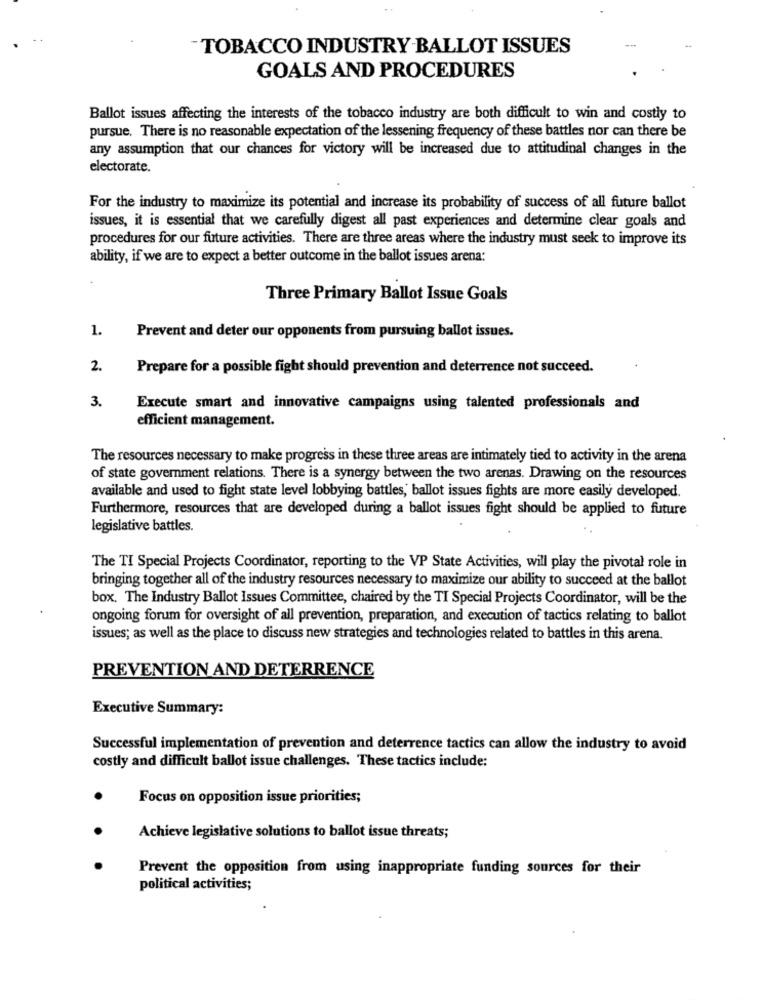
-TOBACCO INDUSTRY BALLOT ISSUES
GOALS AND PROCEDURES
Ballot issues affecting the interests of the tobacco industry are both difficult to win and costly to
pursue. There is no reasonable expectation of the lessening frequency of these battles nor can there be
any assumption that our chances for victory will be increased due to attitudinal changes in the
electorate.
For the industry to maximize its potential and increase its probability of success of all future ballot
issues, it is essential that we carefully digest all past experiences and determine clear goals and
procedures for our future activities. There are three areas where the industry must seek to improve its
ability, if we are to expect a better outcome in the ballot issues arena:
Three Primary Ballot Issue Goals
1.
Prevent and deter our opponents from pursuing ballot issues.
2.
Prepare for a possible fight should prevention and deterrence not succeed.
3.
Execute smart and innovative campaigns using talented professionals and
efficient management.
The resources necessary to make progress in these three areas are intimately tied to activity in the arena
of state government relations. There is a synergy between the two arenas. Drawing on the resources
available and used to fight state level lobbying battles, ballot issues fights are more easily developed.
Furthermore, resources that are developed during a ballot issues fight should be applied to future
legislative battles.
The TI Special Projects Coordinator, reporting to the VP State Activities, will play the pivotal role in
bringing together all of the industry resources necessary to maximize our ability to succeed at the ballot
box. The Industry Ballot Issues Committee, chaired by the TI Special Projects Coordinator, will be the
ongoing forum for oversight of all prevention, preparation, and execution of tactics relating to ballot
issues; as well as the place to discuss new strategies and technologies related to battles in this arena.
PREVENTION AND DETERRENCE
Executive Summary:
Successful implementation of prevention and deterrence tactics can allow the industry to avoid
costly and difficult ballot issue challenges. These tactics include:
Focus on opposition issue priorities;
Achieve legislative solutions to ballot issue threats;
Prevent the opposition from using inappropriate funding sources for their
political activities;